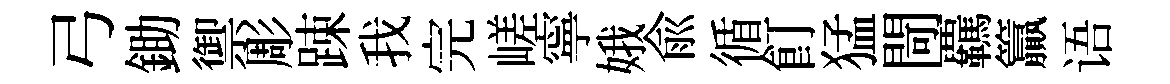
弓鋤禦彫踈我完嵯寧娥俞循飣猛閜覊籯语